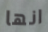
انها